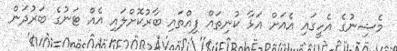
މެޝިނުގެ އެހީގައި އެއަށް އަޅާ ކުނިތައް ފިއްތައި ބާރުކޮށްލައި އެއް ޓަނުގެ ބަރުދަން